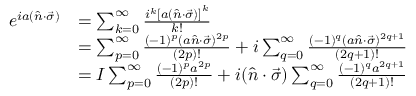
{ \begin{array} { r l } { e ^ { i a \left( { \hat { n } } \cdot { \vec { \sigma } } \right) } } & { = \sum _ { k = 0 } ^ { \infty } { \frac { i ^ { k } \left[ a \left( { \hat { n } } \cdot { \vec { \sigma } } \right) \right] ^ { k } } { k ! } } } \\ & { = \sum _ { p = 0 } ^ { \infty } { \frac { ( - 1 ) ^ { p } ( a { \hat { n } } \cdot { \vec { \sigma } } ) ^ { 2 p } } { ( 2 p ) ! } } + i \sum _ { q = 0 } ^ { \infty } { \frac { ( - 1 ) ^ { q } ( a { \hat { n } } \cdot { \vec { \sigma } } ) ^ { 2 q + 1 } } { ( 2 q + 1 ) ! } } } \\ & { = I \sum _ { p = 0 } ^ { \infty } { \frac { ( - 1 ) ^ { p } a ^ { 2 p } } { ( 2 p ) ! } } + i ( { \hat { n } } \cdot { \vec { \sigma } } ) \sum _ { q = 0 } ^ { \infty } { \frac { ( - 1 ) ^ { q } a ^ { 2 q + 1 } } { ( 2 q + 1 ) ! } } } \end{array} }